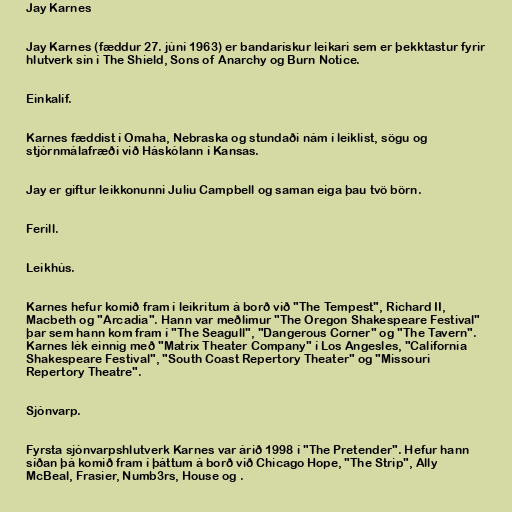
Jay Karnes

Jay Karnes (fæddur 27. júní 1963) er bandarískur leikari sem er þekktastur fyrir
hlutverk sín í The Shield, Sons of Anarchy og Burn Notice.

Einkalíf.

Karnes fæddist í Omaha, Nebraska og stundaði nám í leiklist, sögu og
stjórnmálafræði við Háskólann í Kansas.

Jay er giftur leikkonunni Juliu Campbell og saman eiga þau tvö börn.

Ferill.

Leikhús.

Karnes hefur komið fram í leikritum á borð við "The Tempest", Richard II,
Macbeth og "Arcadia". Hann var meðlimur "The Oregon Shakespeare Festival"
þar sem hann kom fram í "The Seagull", "Dangerous Corner" og "The Tavern".
Karnes lék einnig með "Matrix Theater Company" í Los Angesles, "California
Shakespeare Festival", "South Coast Repertory Theater" og "Missouri
Repertory Theatre".

Sjónvarp.

Fyrsta sjónvarpshlutverk Karnes var árið 1998 í "The Pretender". Hefur hann
síðan þá komið fram í þáttum á borð við Chicago Hope, "The Strip", Ally
McBeal, Frasier, Numb3rs, House og .